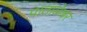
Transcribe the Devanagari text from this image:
पाताळेश्र्वर